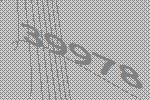
39978